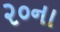
૨૦ના